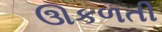
ઊકળતી